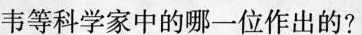
韦等科学家中的哪一位作出的?